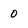
Character: 0